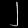
Digit: ၂